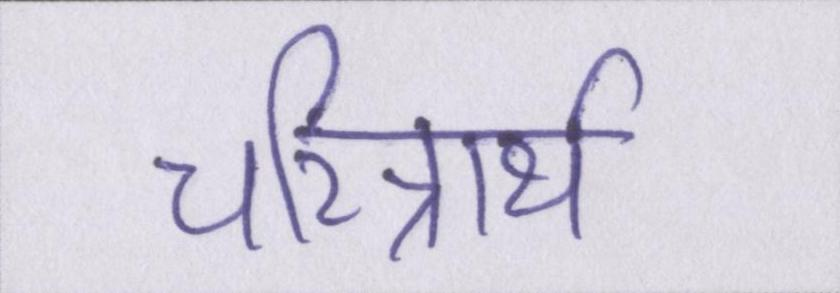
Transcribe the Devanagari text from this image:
चरित्रार्थ